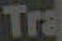
Tra